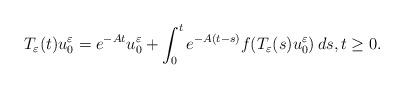
LaTeX: \begin{align*}T_\varepsilon(t)u_0^\varepsilon=e^{-At}u_0^\varepsilon+\int_0^t e^{-A(t-s)}f(T_\varepsilon(s)u_0^\varepsilon)\,ds,t\geq 0.\end{align*}